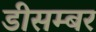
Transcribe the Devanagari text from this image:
डीसम्बर